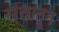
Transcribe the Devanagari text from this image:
संचांतून